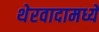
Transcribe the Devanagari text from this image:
थेरवादामध्ये